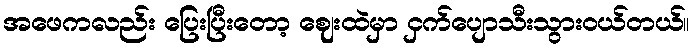
အဖေကလည်း ပြေးပြီးတော့ ဈေးထဲမှာ ငှက်ပျောသီးသွားဝယ်တယ်။